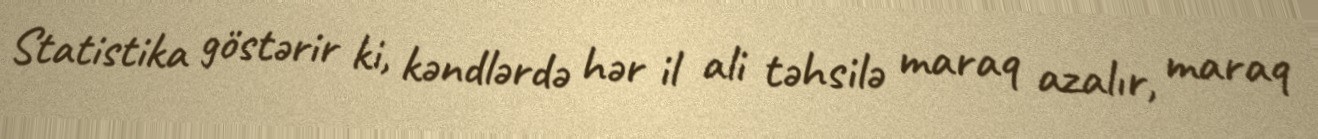
Statistika göstərir ki, kəndlərdə hər il ali təhsilə maraq azalır, maraq